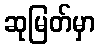
ဆုမြတ်မှာ